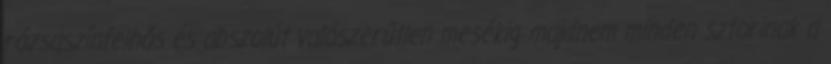
rózsaszínfelhős és abszolút valószerűtlen mesékig majdnem minden sztorinak a